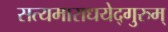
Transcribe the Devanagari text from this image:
सत्यमाराधयेद्गुरुम्